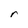
Character: r